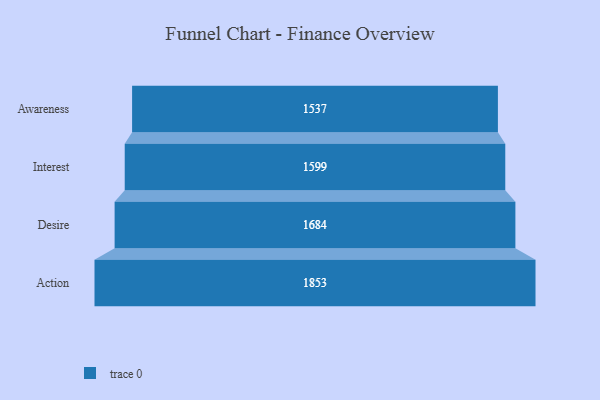
{"axis": {"x": "Stage", "y": "Value"}, "legend": [""], "data": [{"x": "Awareness", "y": 1537.0, "type": ""}, {"x": "Interest", "y": 1599.0, "type": ""}, {"x": "Desire", "y": 1684.0, "type": ""}, {"x": "Action", "y": 1853.0, "type": ""}]}